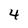
Character: 4